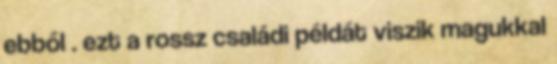
ebből . ezt a rossz családi példát viszik magukkal